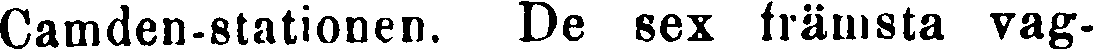
Camden-stationen. De sex främsta vag-